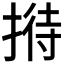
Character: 𢱜